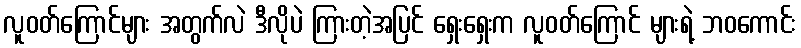
လူဝတ်ကြောင်များ အတွက်လဲ ဒီလိုပဲ ကြားတဲ့အပြင် ရှေးရှေးက လူဝတ်ကြောင် များရဲ့ ဘဝကောင်း